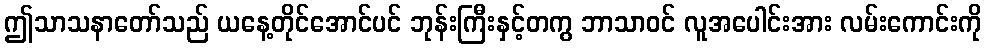
ဤသာသနာတော်သည် ယနေ့တိုင်အောင်ပင် ဘုန်းကြီးနှင့်တကွ ဘာသာဝင် လူအပေါင်းအား လမ်းကောင်းကို